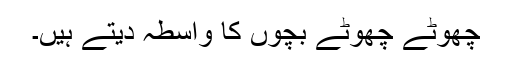
چھوٹے چھوٹے بچوں کا واسطہ دیتے ہیں۔